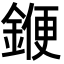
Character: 𨩫